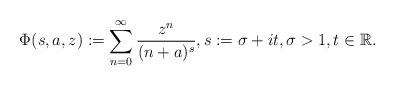
LaTeX: \begin{align*}\Phi (s,a,z) := \sum_{n=0}^{\infty} \frac{z^n}{(n+a)^s}, s := \sigma + it, \sigma >1 , t \in {\mathbb{R}}.\end{align*}